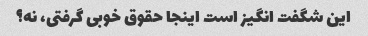
این شگفت انگیز است اینجا حقوق خوبی گرفتی، نه؟